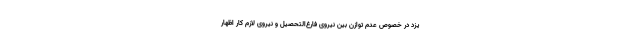
یزد در خصوص عدم توازن بین نیروی فارغ‌التحصیل و نیروی لازم کار اظهار